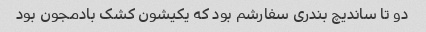
دو تا ساندیچ بندری سفارشم بود که یکیشون کشک بادمجون بود